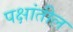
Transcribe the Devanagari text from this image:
पक्षांतील